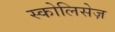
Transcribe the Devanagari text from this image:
स्कोलिसेज़